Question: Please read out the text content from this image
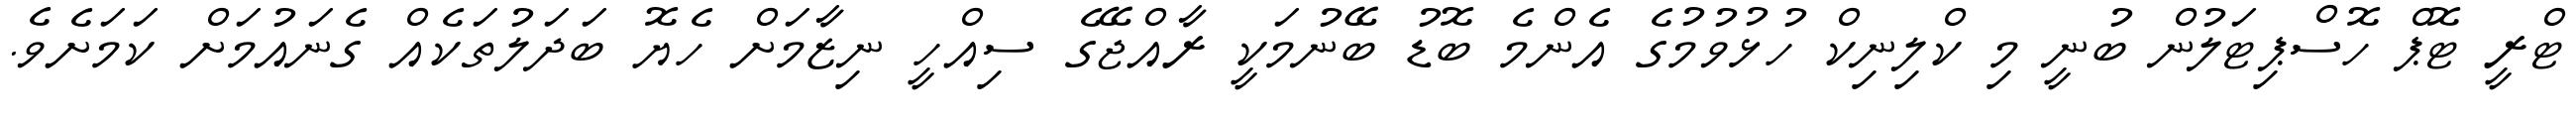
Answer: ޓްރީ ޓޮޕް ހޮސްޕިޓަލުން ބުނީ މި ކްލިނިކް ހުޅުވުމުގެ އެންމެ ބޮޑު ބޭނުމަކީ ރާއްޖޭގެ ސިއްހީ ނިޒާމަށް ހެޔޮ ބަދަލުތަކެއް ގެނައުމަށް ކަމަށެވެ.